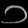
Digit: ၁